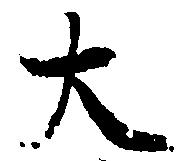
大